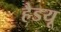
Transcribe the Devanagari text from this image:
हैडयू